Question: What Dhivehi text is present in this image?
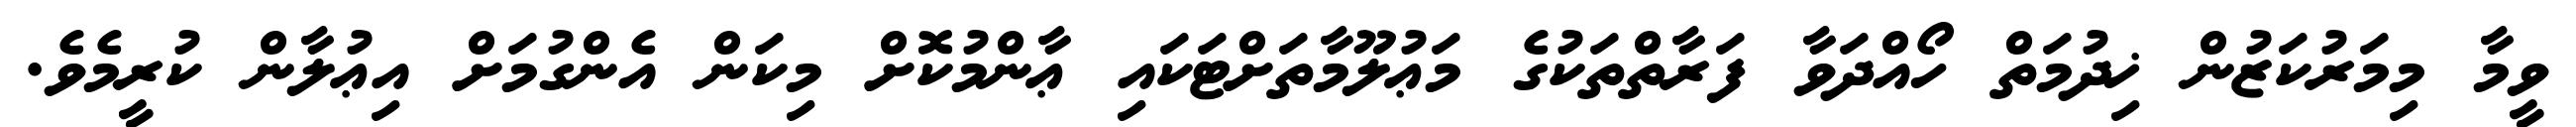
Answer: ވީމާ މިމަރުކަޒުން ޚިދުމަތް ހޯއްދަވާ ފަރާތްތަކުގެ މަޢުލޫމާތަށްޓަކައި ޢާންމުކޮށް މިކަން އެންގުމަށް އިޢުލާން ކުރީމެވެ.